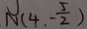
N ( 4 , - \frac { 5 } { 2 } )